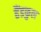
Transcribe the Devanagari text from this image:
हैंडफुल